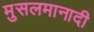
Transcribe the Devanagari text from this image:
मुसलमानादी